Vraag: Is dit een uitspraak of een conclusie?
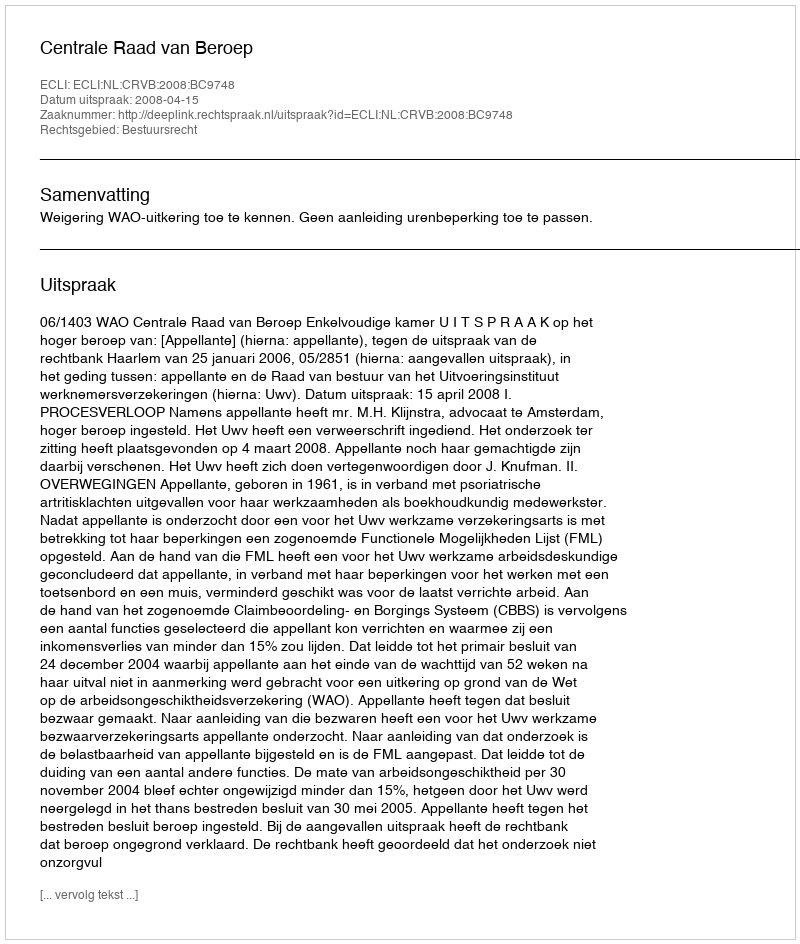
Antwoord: Uitspraak